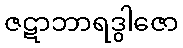
ဇဋာဘာရဒွါဇော